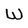
Character: W